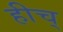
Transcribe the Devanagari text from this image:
हीच्